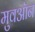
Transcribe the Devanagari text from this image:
मुवऑन